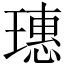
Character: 璤